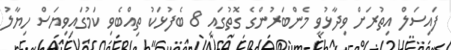
ފައިސަލް އިތުރަށް ވިދާޅުވީ މެންބަރުންގެ ގޮތުގައި 8 ބެފުޅަކު ތިއްބެވި ކަމުގައިވިޔަސް ހިޔާލު